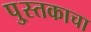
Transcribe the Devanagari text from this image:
पु्स्तकाचा